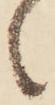
々